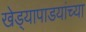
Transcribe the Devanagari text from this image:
खेड्यापाडयांच्या